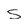
Character: S